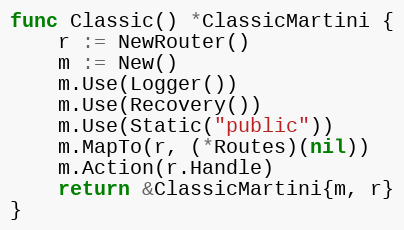
Language: Go
func Classic() *ClassicMartini {
	r := NewRouter()
	m := New()
	m.Use(Logger())
	m.Use(Recovery())
	m.Use(Static("public"))
	m.MapTo(r, (*Routes)(nil))
	m.Action(r.Handle)
	return &ClassicMartini{m, r}
}